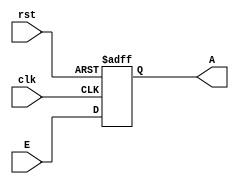
module shiftreg_PA_rev (A, E, clk, rst);
  output 	A;
  input	E;
  input 	clk, rst;
  reg	A, B, C, D;

  always @ (posedge clk or posedge rst) begin
    if (rst) begin A = 0; B = 0; C = 0; D = 0; end
    else begin
      D = E; 	
      C = D;		
      B = C;	
      A = B;		
    end
  end
endmodule